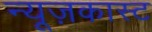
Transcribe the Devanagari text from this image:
न्यूज़कास्ट